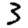
Digit: 3